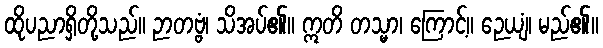
ထိုပညာရှိတို့သည်။ ဉာတဗ္ဗံ၊ သိအပ်၏။ ဣတိ တသ္မာ၊ ကြောင့်။ ဉေယျံ၊ မည်၏။